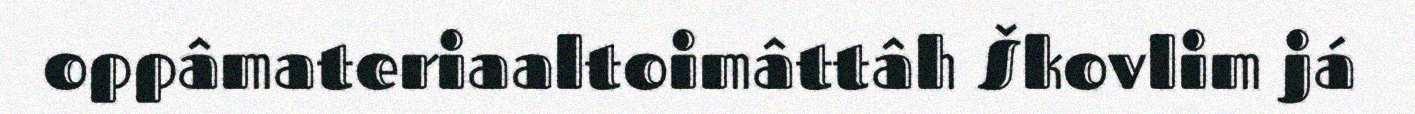
oppâmateriaaltoimâttâh Škovlim já